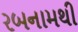
રબનામથી